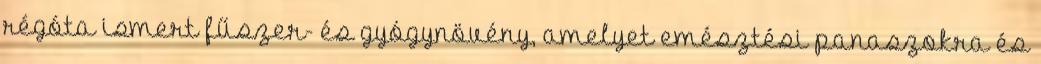
régóta ismert fűszer- és gyógynövény, amelyet emésztési panaszokra és